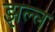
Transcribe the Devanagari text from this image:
झल्ल